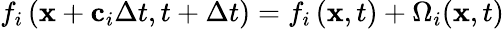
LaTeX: f_{i}\left(\textbf{x}+\textbf{c}_{i}\Delta t,t+\Delta t\right)=f_{i}\left(\textbf{x},t\right)+\Omega_{i}(\textbf{x},t)